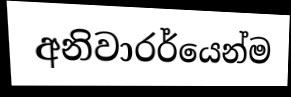
අනිවාරර්යෙන්ම